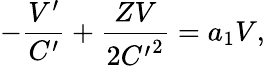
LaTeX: -\frac{V^{\prime}}{C^{\prime}}+\frac{ZV}{2{C^{\prime}}^{2}}=a_{1}V,